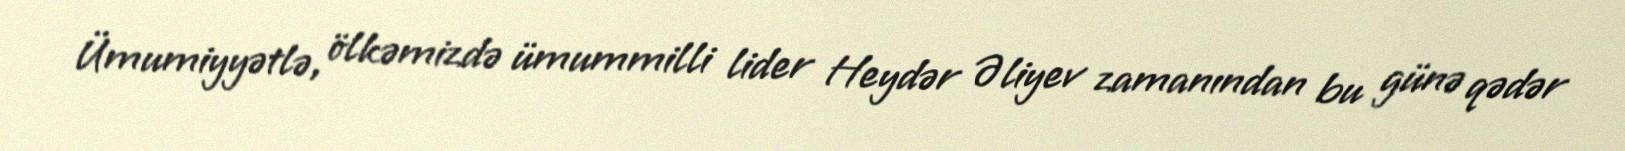
Ümumiyyətlə, ölkəmizdə ümummilli lider Heydər Əliyev zamanından bu günə qədər